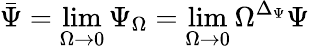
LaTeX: \bar{\Psi}=\operatorname*{lim}_{\Omega\to 0}\Psi_{\Omega}=\operatorname*{lim}_{\Omega\to 0}\Omega^{\Delta_{\Psi}}\Psi